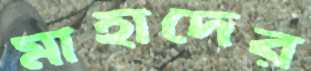
মাহাদের